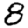
Digit: 8